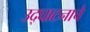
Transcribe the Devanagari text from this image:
उद्‌घाटनाचे